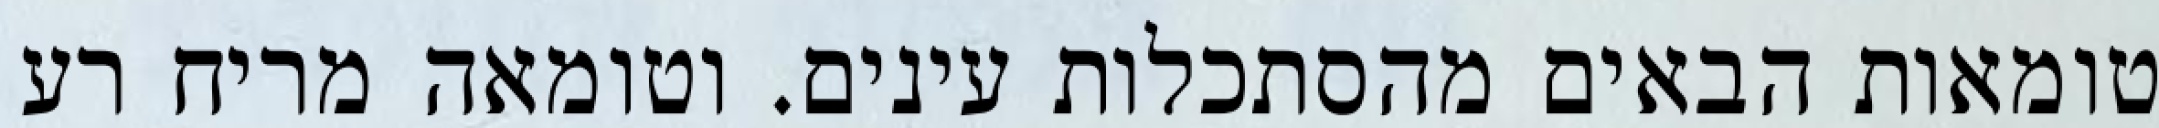
טומאות הבאים מהסתכלות עינים. וטומאה מריח רע